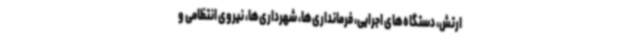
ارتش، دستگاه‌های اجرایی، فرمانداری‌ها، شهرداری‌ها، نیروی انتظامی و